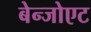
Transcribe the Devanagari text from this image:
बेन्जोएट